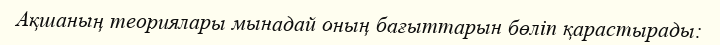
Ақшаның теориялары мынадай оның бағыттарын бөліп қарастырады: